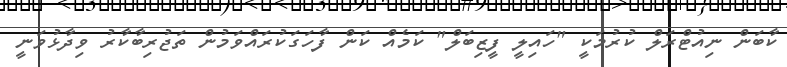
ކާބަން ނިއުޓްރަލް ކުރުމަކީ "ހައިލީ ފީޒިބަލް" ކަމެއް ކަން ފާހަގަކުރައްވަމުން ތަޖުރިބާކާރު ވިދާޅުވަނީ